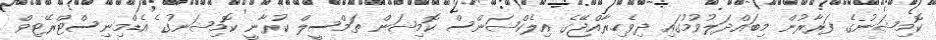
ކޮމިޝަނުގެ ފަރާރުން މިބައްދަލުވުމުގައި ދިވެހިރާއްޖޭގެ އިލެކްޝަންސް ކޮމިޝަން ތަމްސީލް ކުރާނީ ކޮމިޝަނުގެ އެޑްމިނިސްޓްރޭޓިވް